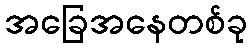
အခြေအနေတစ်ခု